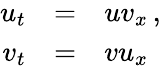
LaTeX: \begin{array}{rcl}{{u_{t}}}&{{=}}&{{uv_{x}\, ,}}\\ {{v_{t}}}&{{=}}&{{vu_{x}}}\end{array}